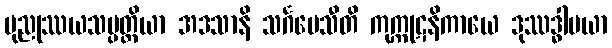
ပုညုဿယသမ္ပတ္တိယာ အဒသာနိ သင်္ဂမေသီတိ ကုက္ကုဋနိကာယေ ဒုဿဒ္ဓါပယာ